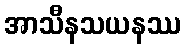
အာသီနသယနဿ